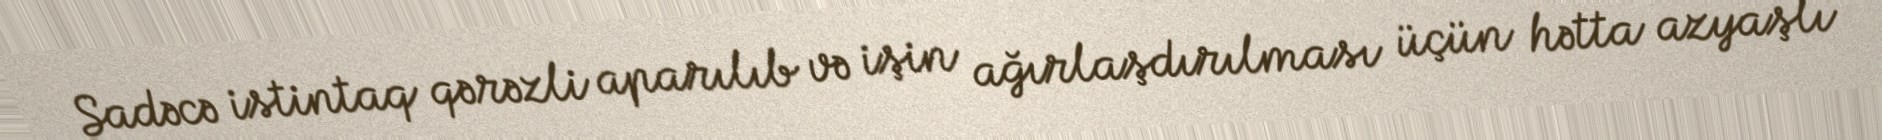
Sadəcə istintaq qərəzli aparılıb və işin ağırlaşdırılması üçün hətta azyaşlı